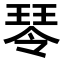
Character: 𤧂